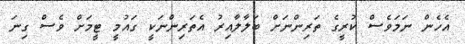
އެހެން ނަމަވެސް ކުރީގެ ތަރިންނަށް ބަލާލާއިރު އެތަރިންނަކީ ގައުމީ ޓީމަށް ވެސް ގިނަ